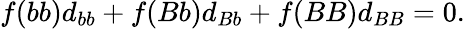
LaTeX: f(bb)d_{bb}+f(Bb)d_{Bb}+f(BB)d_{BB}=0.